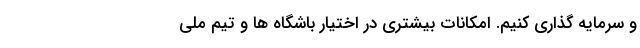
و سرمایه گذاری کنیم. امکانات بیشتری در اختیار باشگاه ها و تیم ملی